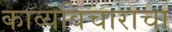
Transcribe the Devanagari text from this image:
काव्यविचाराचा